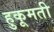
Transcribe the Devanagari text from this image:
हुकूमती